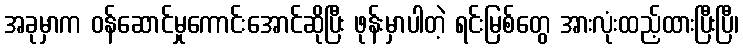
အခုမှာက ဝန်ဆောင်မှုကောင်းအောင်ဆိုပြီး ဖုန်းမှာပါတဲ့ ရင်းမြစ်တွေ အားလုံးထည့်ထားပြီးပြီ၊